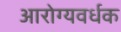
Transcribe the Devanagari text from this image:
आरोग्‍यवर्धक